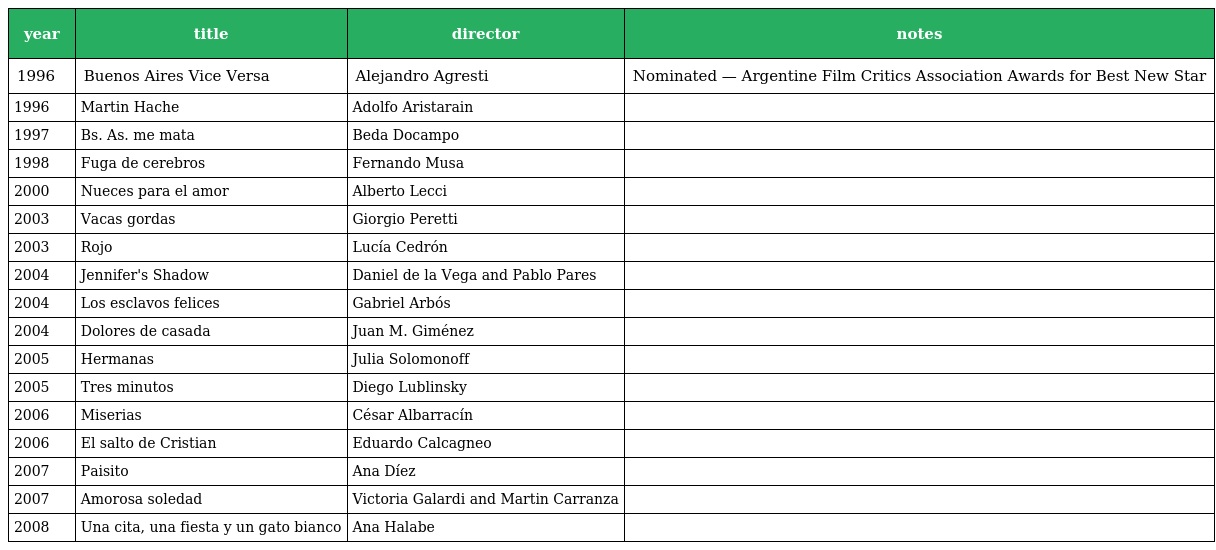
| year | title | director | notes |
 | --- | --- | --- | --- |
 | 1996 | Buenos Aires Vice Versa | Alejandro Agresti | Nominated — Argentine Film Critics Association Awards for Best New Star |
 | 1996 | Martin Hache | Adolfo Aristarain |  |
 | 1997 | Bs. As. me mata | Beda Docampo |  |
 | 1998 | Fuga de cerebros | Fernando Musa |  |
 | 2000 | Nueces para el amor | Alberto Lecci |  |
 | 2003 | Vacas gordas | Giorgio Peretti |  |
 | 2003 | Rojo | Lucía Cedrón |  |
 | 2004 | Jennifer's Shadow | Daniel de la Vega and Pablo Pares |  |
 | 2004 | Los esclavos felices | Gabriel Arbós |  |
 | 2004 | Dolores de casada | Juan M. Giménez |  |
 | 2005 | Hermanas | Julia Solomonoff |  |
 | 2005 | Tres minutos | Diego Lublinsky |  |
 | 2006 | Miserias | César Albarracín |  |
 | 2006 | El salto de Cristian | Eduardo Calcagneo |  |
 | 2007 | Paisito | Ana Díez |  |
 | 2007 | Amorosa soledad | Victoria Galardi and Martin Carranza |  |
 | 2008 | Una cita, una fiesta y un gato bianco | Ana Halabe |  |